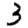
Digit: 3